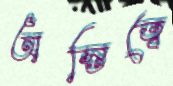
অস্তিত্বে